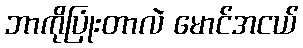
ဘာကိုပြုံးတာလဲ မောင်အငယ်